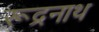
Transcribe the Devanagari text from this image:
रूद्रनाथ